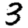
Digit: 3